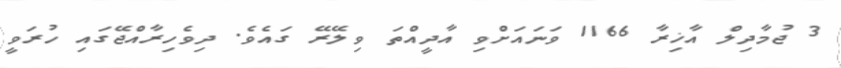
3 ޖުމާދިލް އާޚިރާ 1166 ވަނައަށްވި އާދީއްތަ ވިލޭރޭ ގައެވެ. ދިވެހިރާއްޖޭގައި ހުރަވީ